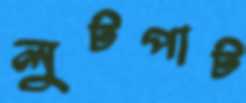
লুটপাট